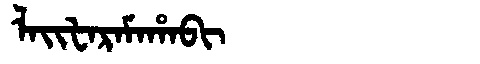
Manchu: ᠯᠠᡳᡶᠠᡵᠠᠮᠠᡥᠠᠪᡳ
Romanization: LAIFARAMAHABI